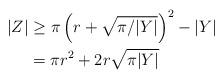
LaTeX: \begin{align*}|Z| & \geq \pi\left(r+\sqrt{\pi/|Y|}\right)^{2}-|Y|\\& = \pi r^{2}+2r\sqrt{\pi|Y|}\end{align*}